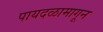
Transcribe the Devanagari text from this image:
पायदळामागून